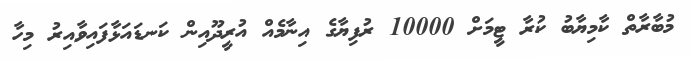
މުބާރާތް ކާމިޔާބު ކުރާ ޓީމަށް 10000 ރުފިޔާގެ އިނާމެއް އުރީދޫއިން ކަނޑައަޅާފައިވާއިރު މިހާ